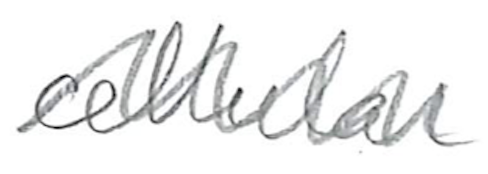
Text: cellular
Cross-out: zig-zag
Writing tool: pencil